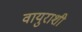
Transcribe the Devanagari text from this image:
वायुराशी